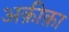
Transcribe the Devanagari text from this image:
अक़ीक़ा